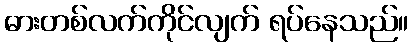
ဓားတစ်လက်ကိုင်လျက် ရပ်နေသည်။